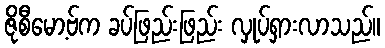
ဇိုစီမော့ဗ်က ခပ်ဖြည်းဖြည်း လှုပ်ရှားလာသည်။